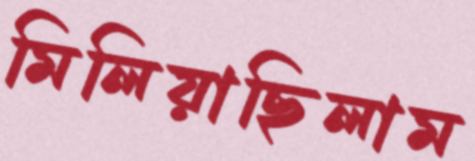
মিলিয়াছিলাম